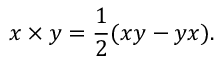
x \times y = { \frac { 1 } { 2 } } ( x y - y x ) .